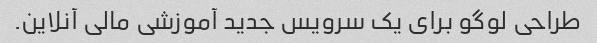
طراحی لوگو برای یک سرویس جدید آموزشی مالی آنلاین.